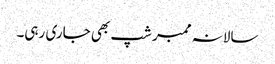
سالانہ ممبر شپ بھی جاری رہی۔